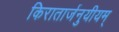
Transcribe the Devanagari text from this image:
किरातार्जनुयीयम्‌